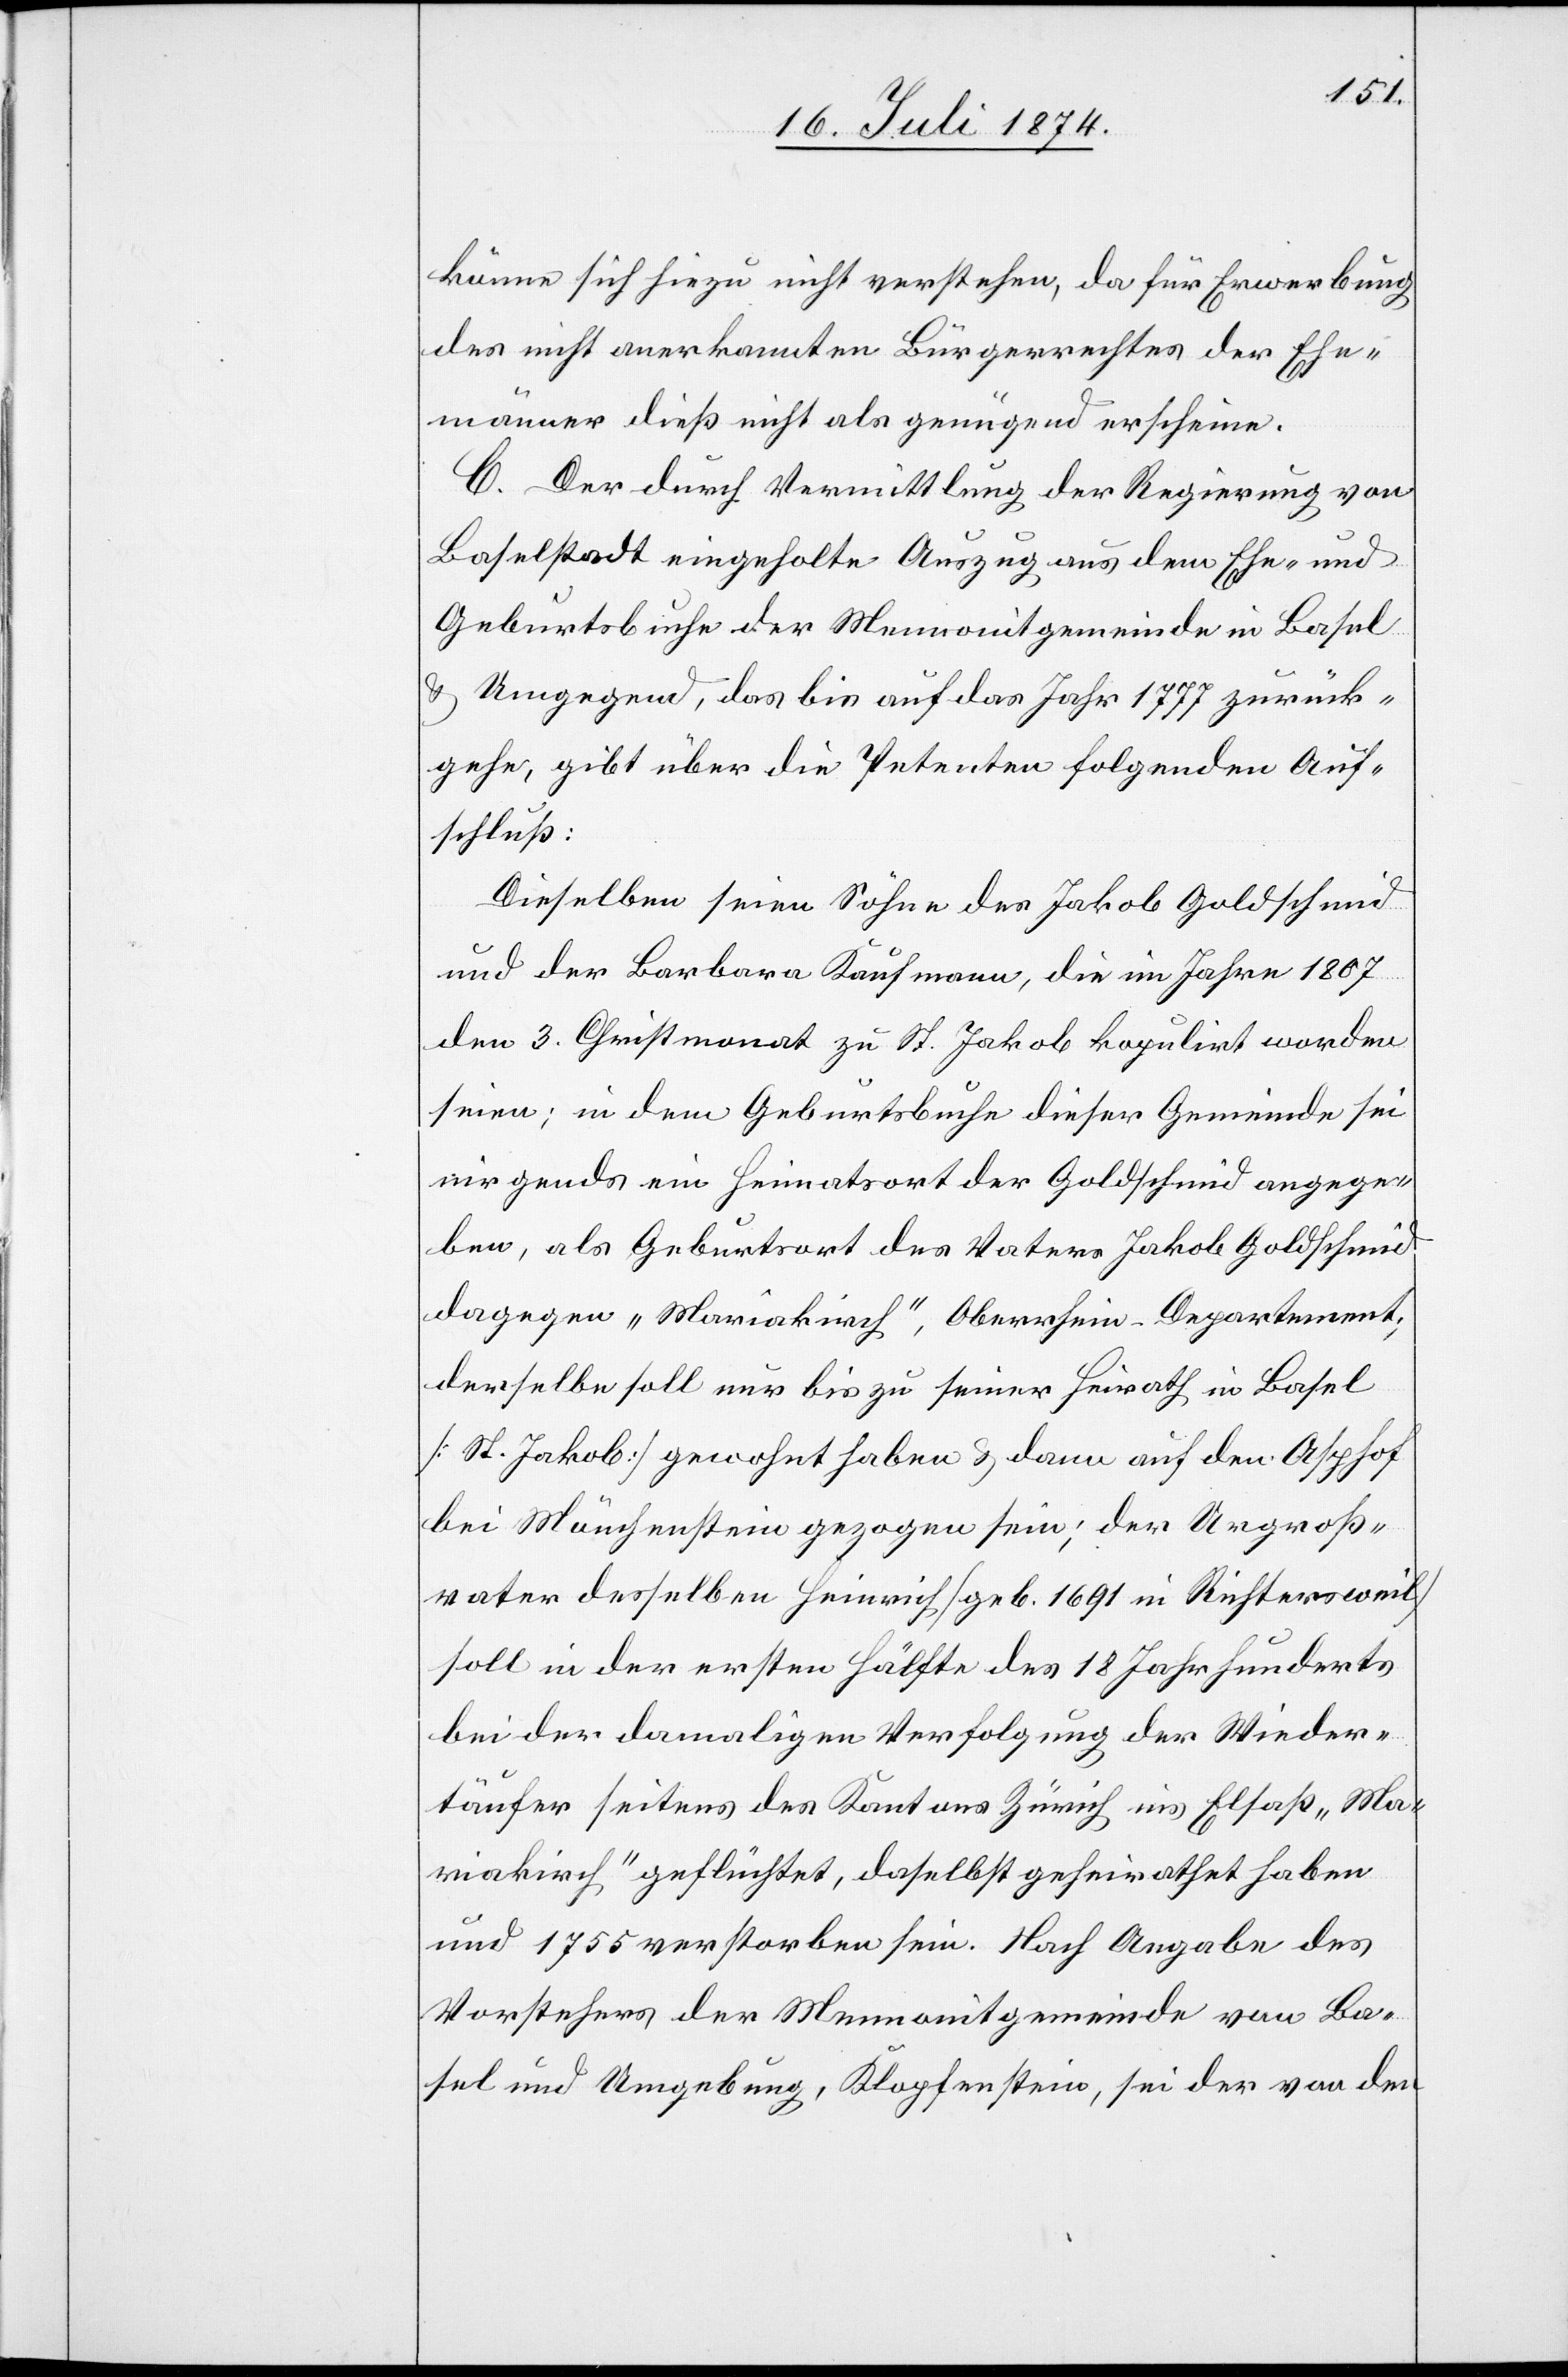
könne sich hiezu nicht verstehen, da für Erwerbung
des nicht anerkannten Bürgerrechtes der Ehe¬
männer dieß nicht als genügend erscheine.
C. Der durch Vermittlung der Regierung von
Baselstadt eingeholte Auszug aus dem Ehe- und
Geburtsbuche der Mennonitgemeinde in Basel
u. Umgegend, das bis auf das Jahr 1777 zurück¬
gehe, gibt über die Petenten folgenden Auf¬
schluß:
Dieselben seien Söhne des Jakob Goldschmid
und der Barbara Kaufmann, die im Jahre 1807
den 3. Christmonat zu St. Jakob kopulirt worden
seien; in dem Geburtsbuche dieser Gemeinde sei
nirgends ein Heimatsort der Goldschmid angege¬
ben, als Geburtsort des Vaters Jakob Goldschmid
dagegen „Mariakirch“, Oberrhein-Departement;
derselbe soll nur bis zu seiner Heirath in Basel
[St. Jakob] gewohnt haben u. dann auf den Alphof
bei Münchenstein gezogen sein; der Urgroß¬
vater desselben Heinrich [geb. 1691 in Richtersweil]
soll in der ersten Hälfte des 18 Jahrhunderts
bei der damaligen Verfolgung der Wieder¬
täufer seitens des Kantons Zürich ins Elsaß „Mar¬
iakirch“ geflüchtet, daselbst geheirathet haben
und 1755 verstorben sein. Nach Angabe des
Vorstehers der Mennonitgemeinde von Ba¬
sel und Umgebung, Klopfenstein, sei der von den